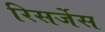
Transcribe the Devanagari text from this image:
रिसर्जेस